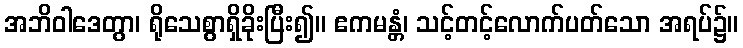
အဘိဝါဒေတွာ၊ ရိုသေစွာရှိခိုးပြီး၍။ ဧကမန္တံ၊ သင့်တင့်လောက်ပတ်သော အရပ်၌။